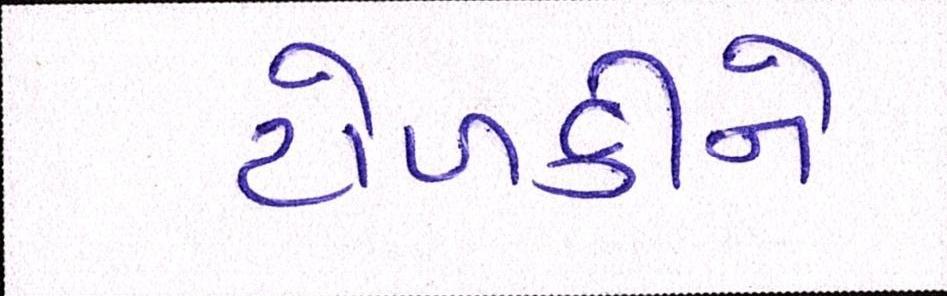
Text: ટોળકીને